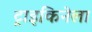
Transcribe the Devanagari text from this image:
ट्राइकिनेला